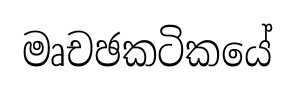
මෘචඡකටිකයේ